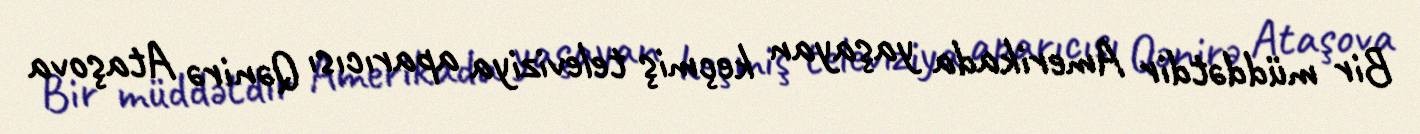
Bir müddətdir Amerikada yaşayan keçmiş televiziya aparıcısı Qənirə Ataşova